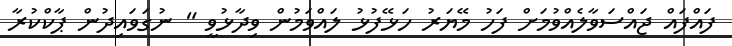
ފައްފައް ޖައްސަވާލެއްވުމަށް ފަހު މޭޔަރު ހަޅޭފުޅު ލައްވަމުން ވިދާޅުވީ " ނުގަވައިދުން ޕާކްކުރާ